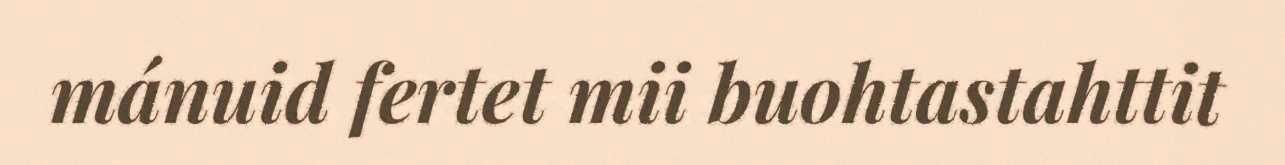
mánuid fertet mii buohtastahttit